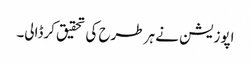
اپوزیشن نے ہر طرح کی تحقیق کرڈالی۔